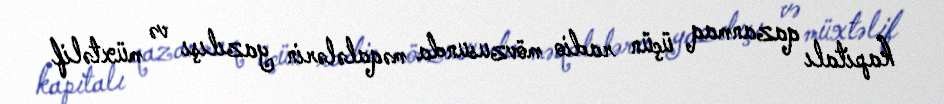
kapitalı qazanmaq üçün radio mövzusunda məqalələrin yazılışı və müxtəlif